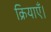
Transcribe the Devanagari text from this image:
क्रियाएँ।